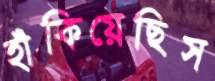
হাঁকিয়েছিস